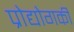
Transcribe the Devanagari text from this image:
प्रोद्योगकी